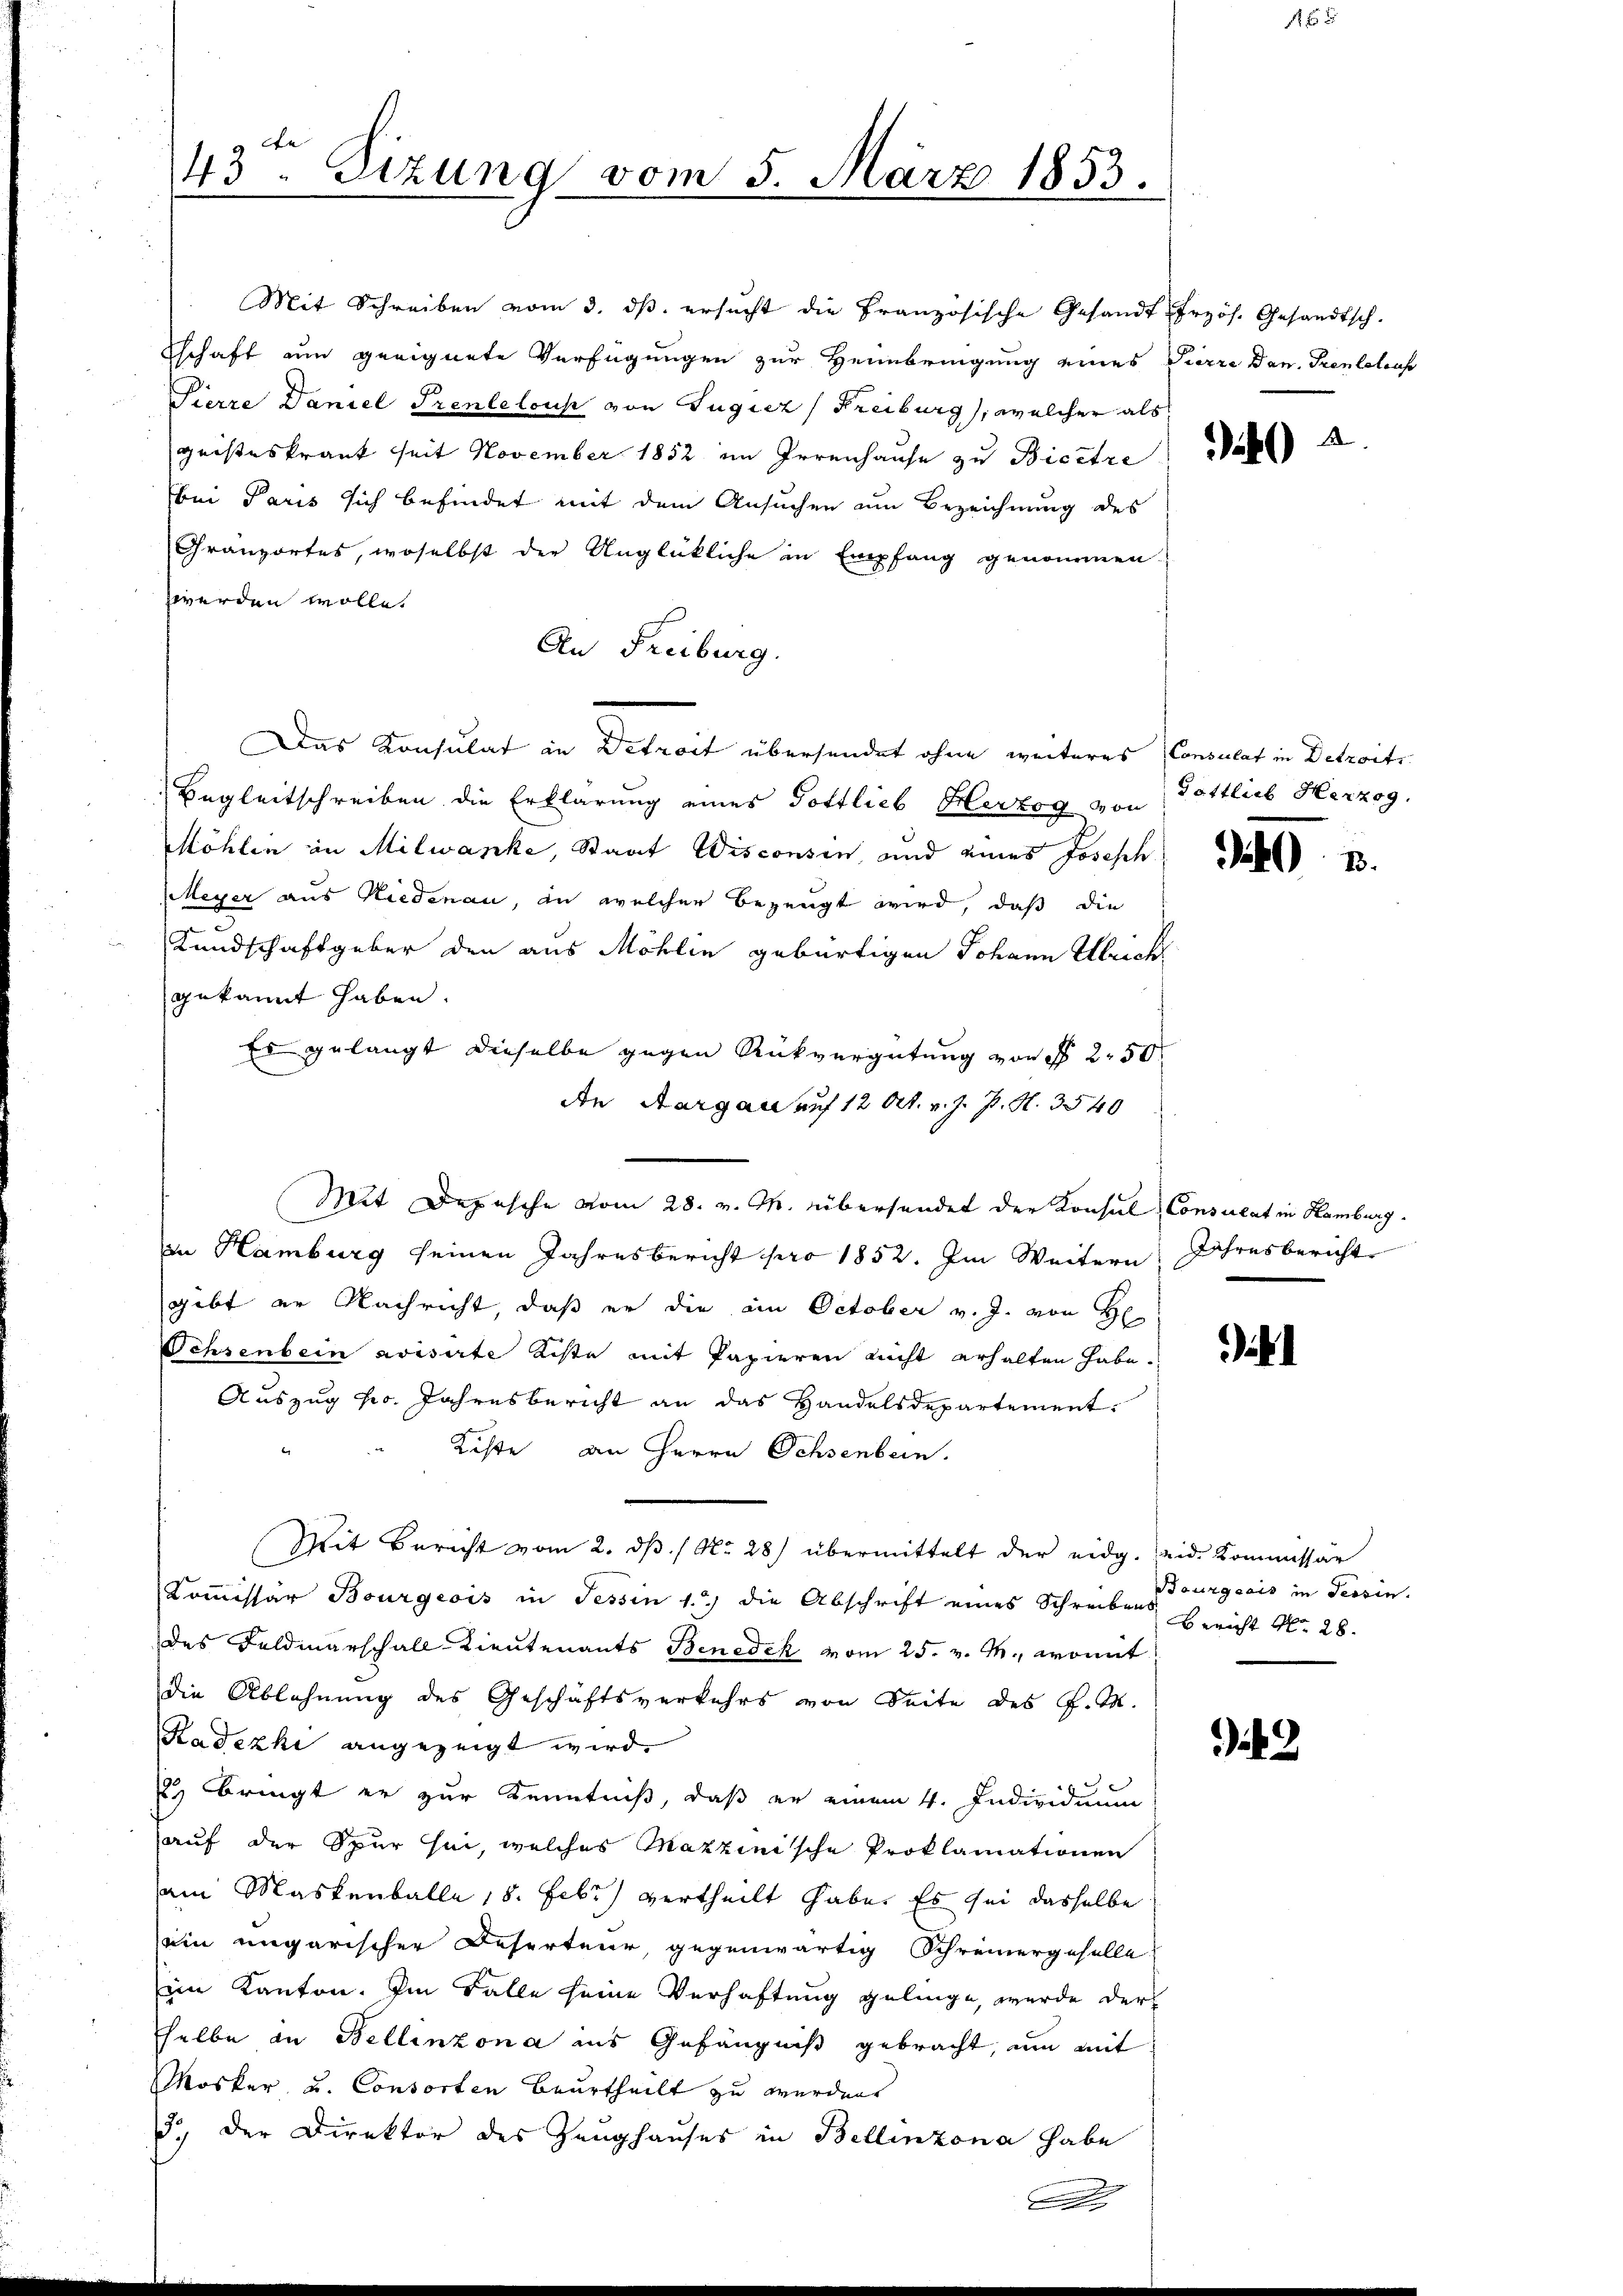
43. Sizung vom 5. März 1853.

Mit Schreiben vom 3. ds. ersucht die Französische Gesandt-frzös. Gesandtsch-
schaft zum geeignete Verfügungen zur Heimbringung eines Tierre Dan. Prentstraf
Pierre Daniel Prentelois von Tugiez (Freiburg, welcher als
geisteskrank seit November 1852 im Irrenhause zu Bicetre
bei Paris sich befindet mit dem Ansuchen um Bezeichnung des
Granzortes, woselbst der Unglückliche in Empfang genommen
werden wolle.
An Freiburg.
Das Konsulat in Detreit übersendet ohne weiteres Consulat in Detroits
Begleitschreiben die Erklärung eines Gottlieb Herzog von Gottlieb Herzog,
Möhlen in Milwanke, Staat Wisconsen, und eines Joseph.
Meyer aus Niedenau, in welcher bezeugt wird, daß die
Kundschaftgeber den aus Möhlin gebürtigen Johann Ulrich
gekannt haben.
Es gelangt dieselbe gegen Rückvergütung von § 250
An Aargau auf 12 Okt. v. J. J. N. 3540
Mit Depesche vom 28. v. M. übersendet der Konsul, Consulat in Hamburg.
in Hamburg seinen Jahresbericht pro 1852. Im Weitern
gibt er Nachricht, daß er die am October v. J. von H
Schrenbein avisirte Kiste mit Papieren nicht erhalten habe.
Auszug pr. Jahresbericht an das Handelsdepartement¬
Köste an Herrn Ochsenbern.
Mit Bericht vom 2. dβ. / No 28) übermittelt der eidg. eid. Kommissär
Kommissär Bourgeois in Tessin 1) die Abschrift eines Schreiben Bericht No. 28.
des Feldmarschall Lieutenants Benedek vom 25. v. M., womit
die Ablehnung des Geschäftsverkehrs von Seite des P. M.
Kadezki angezeigt wird.
 bringt er zur Kenntniß, daß er einem 4. Individuum
auf der Spur sei, welches Mattinische Proklamationen
am Maskenballe 18. Febr.) vertheilt habe. Es sei dasselbe
ein ungarischer Deserteur, gegenwärtig Schreinergeselle
im Kanton. Im Falle seine Verhaftung gelinge, wurde der
selbe in Bellinzona ins Gefängniß gebracht, um mit
Mosker u. Consorten Beurtheilt zu werden.
3., der Direktor des Zeughauses in Bellinzona habe

A

Sihl

1 x

k

Jahresbericht

e

Bourgeois in Tessin.

) 2

18.